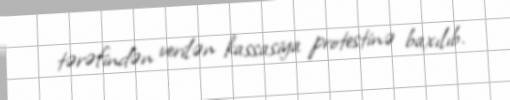
tərəfindən verilən kassasiya protestinə baxılıb.